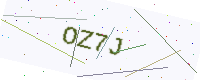
Text: OZ7J